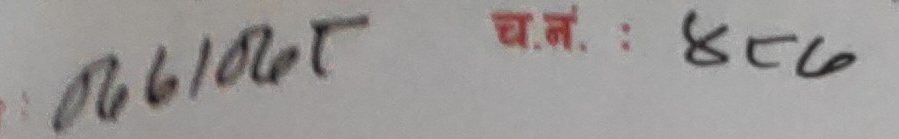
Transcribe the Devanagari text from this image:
१०/२०८ च.नं.: ४८६